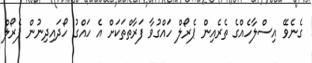
ގެނެވޭ އިސްލާހެއްގެ ތެރެއިން ޕެރޯލް ހައްގުވާ ފަރާތްތަކަށް އެ ހައްގު ހޯދައިދިނުން ޕެރޯލް